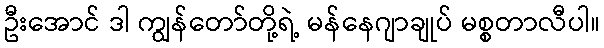
ဦးအောင် ဒါ ကျွန်တော်တို့ရဲ့ မန်နေဂျာချုပ် မစ္စတာလီပါ။